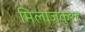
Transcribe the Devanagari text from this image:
मिलाज़कुरद